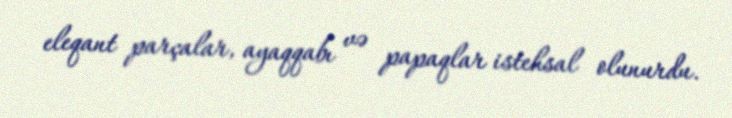
eleqant parçalar, ayaqqabı və papaqlar istehsal olunurdu.